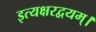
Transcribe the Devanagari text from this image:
इत्यक्षरद्वयम्।